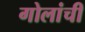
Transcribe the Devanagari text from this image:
गोलांची